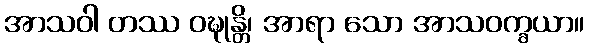
အာသဝါ တဿ ဝဍ္ဎုန္တိ၊ အာရာ သော အာသဝက္ခယာ။